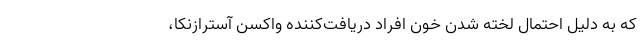
که به دلیل احتمال لخته شدن خون افراد دریافت‌کننده واکسن آسترازنکا،